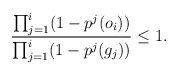
\begin{align*}\frac{\prod_{j=1}^i(1-p^j(o_i))}{\prod_{j=1}^i(1-p^j(g_j))}\leq 1.\end{align*}